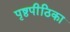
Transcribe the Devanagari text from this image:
पृष्ठपीठिका